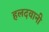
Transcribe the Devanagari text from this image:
हलदवानी